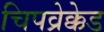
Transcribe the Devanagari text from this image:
चिपव्रेक्केड